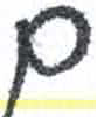
אות: ם